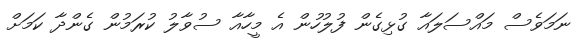
ނަމަވެސް މައްސަލައާ ގުޅިގެން ފުލުހުން އެ މީހާއާ ސުވާލު ކުރަމުން ގެންދާ ކަމަށް